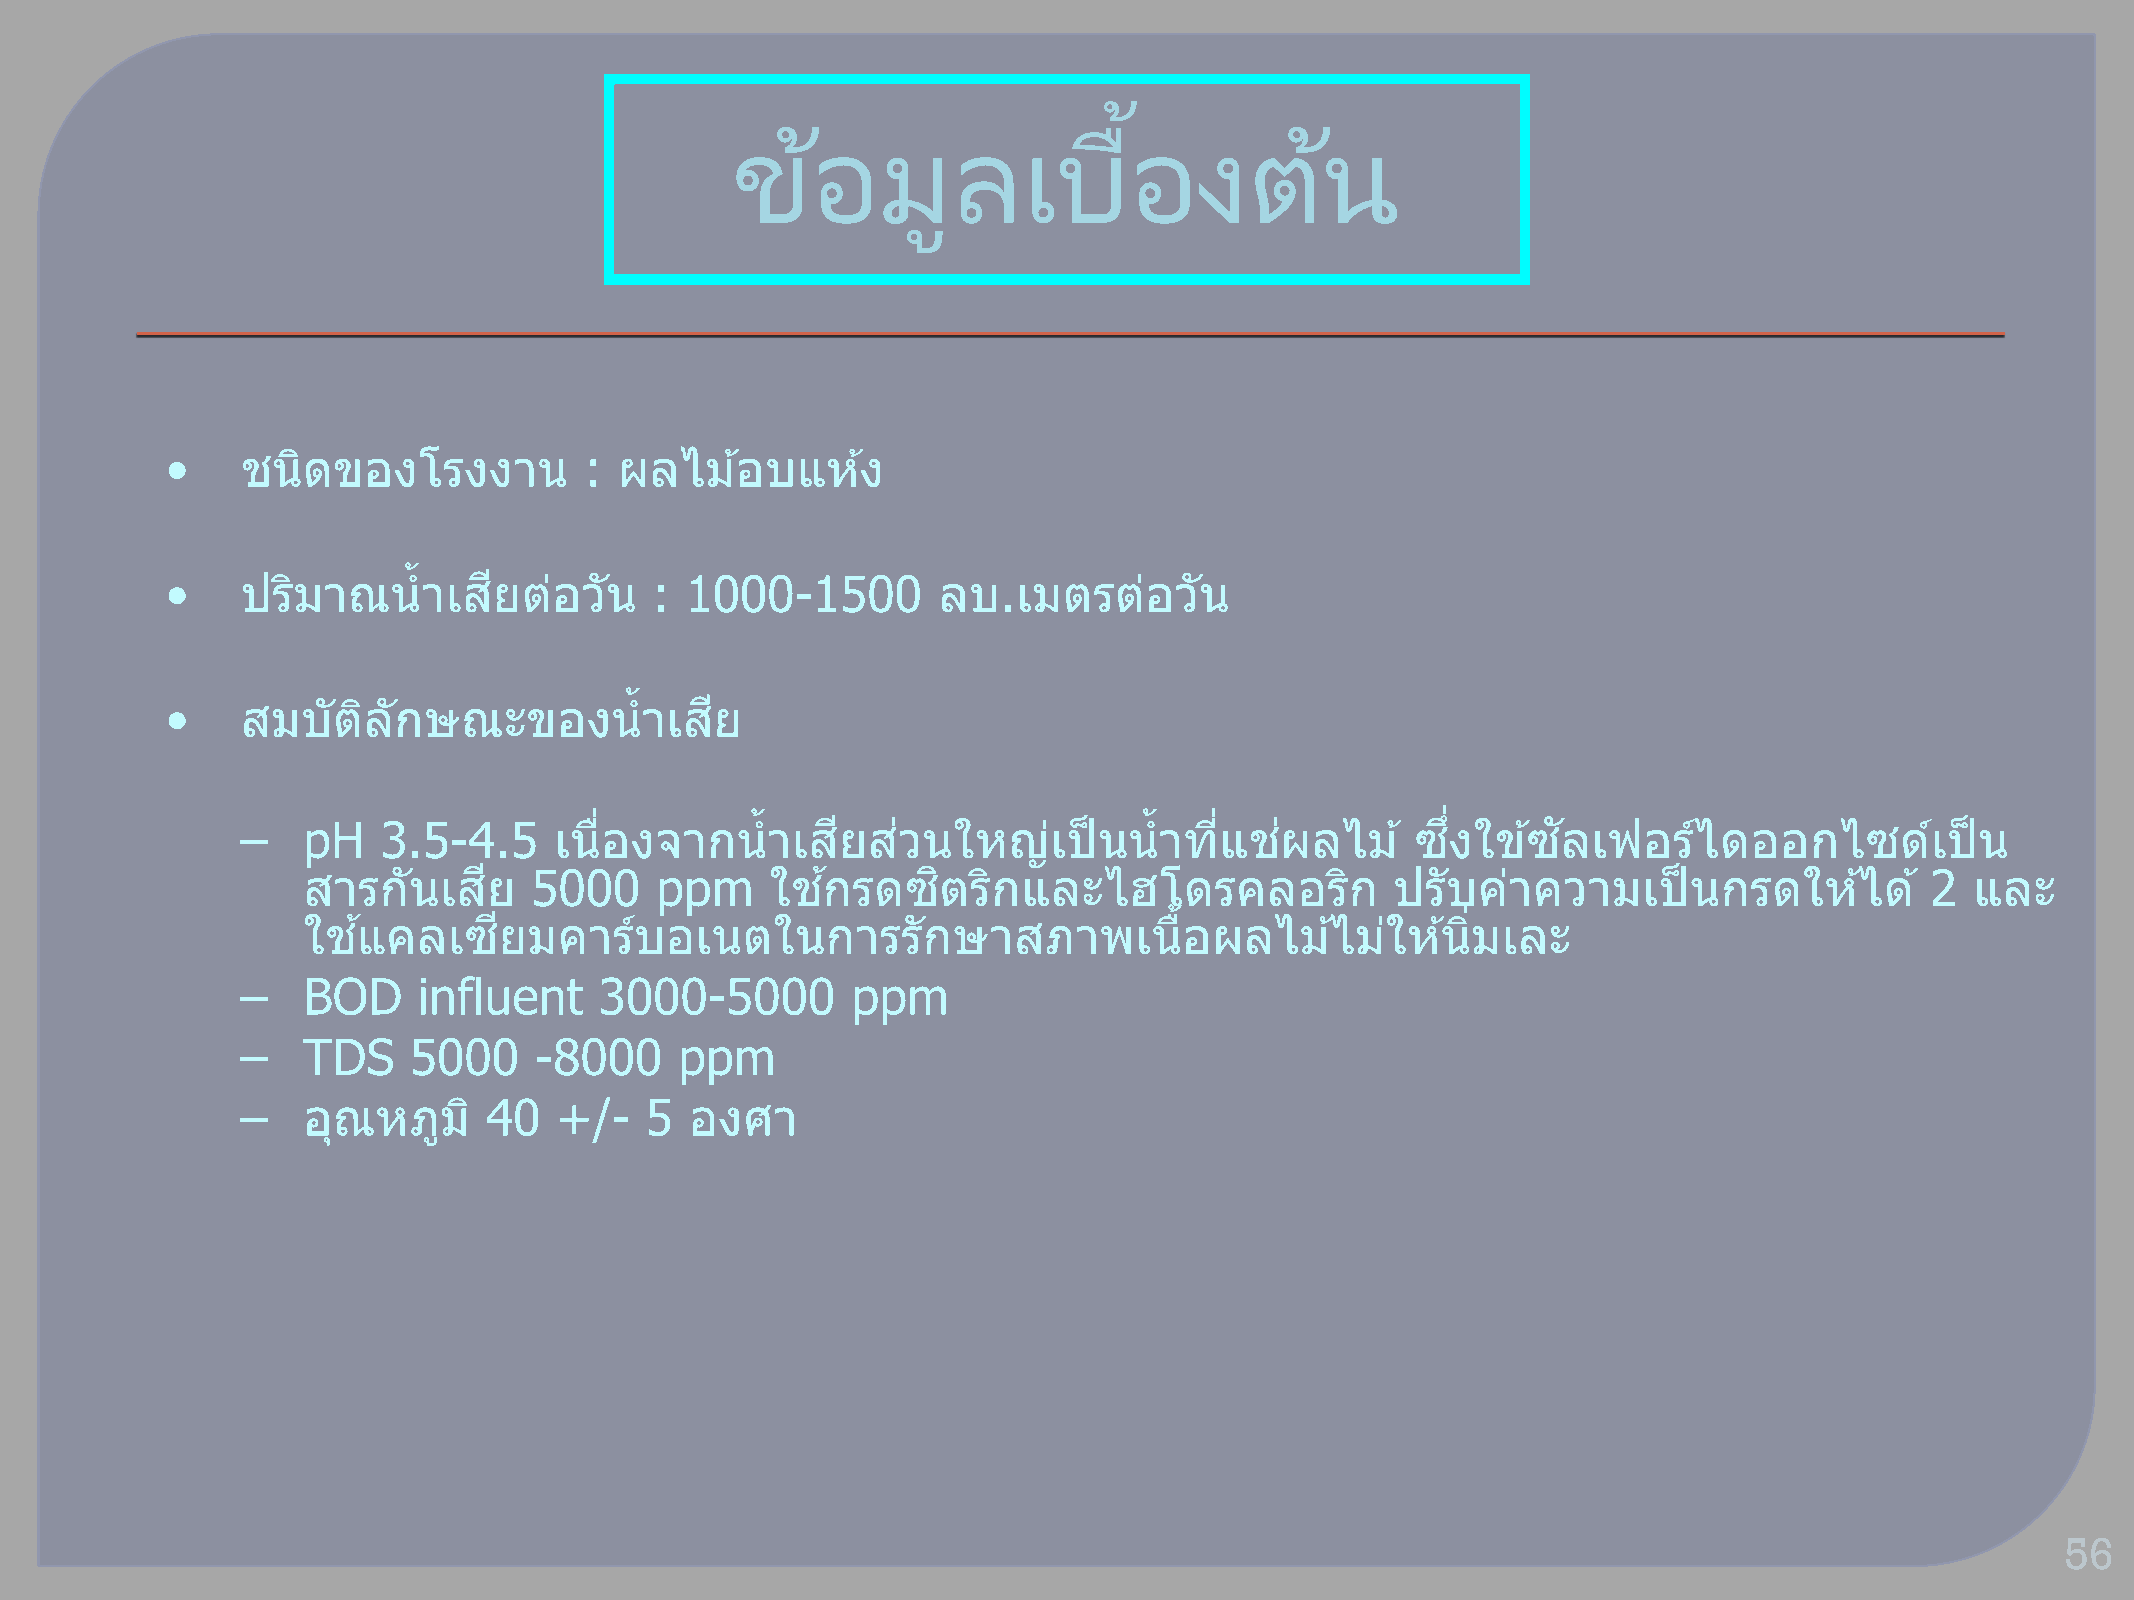
้
 ขอ้      มูลเบอื              งตน้
 •    ชนดิ  ของโรงงาน        : ผลไมอ้    บแหง้
 •    ปรมิ าณน    ้าเสยี ตอ่ วนั : 1000-1500        ลบ.เมตรตอ่      วนั
 •    สมบตั   ลิ กั ษณะของน     ้าเสยี
 –   pH   3.5-4.5     เนอื่ งจากน   ้าเสยี สว่ นใหญเ่   ป็ นน ้าทแี่ ชผ่ ลไม  ้ ซงึ่ ใขซ้ ลั เฟอรไ์ ดออกไซดเ์     ป็ น
 สารกนั   เสยี  5000    ppm     ใชก้ รดซติ   รกิ และไฮโดรคลอรกิ          ปรับคา่  ความเป็    นกรดใหไ้     ด ้ 2 และ
 ใชแ้  คลเซยี   มคารบ์   อเนตในการรักษาสภาพเนอื้             ผลไมไ้    มใ่ หน้ มิ่ เละ
 –   BOD     influent    3000-5000       ppm
 –   TDS    5000    -8000     ppm
 –   อณุ  หภมู  ิ 40  +/-   5  องศา
 56